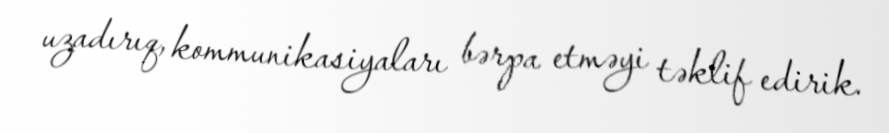
uzadırıq, kommunikasiyaları bərpa etməyi təklif edirik.